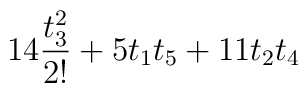
14 \frac{t_3^2}{2!} + 5 t_1 t_5 + 11 t_2 t_4